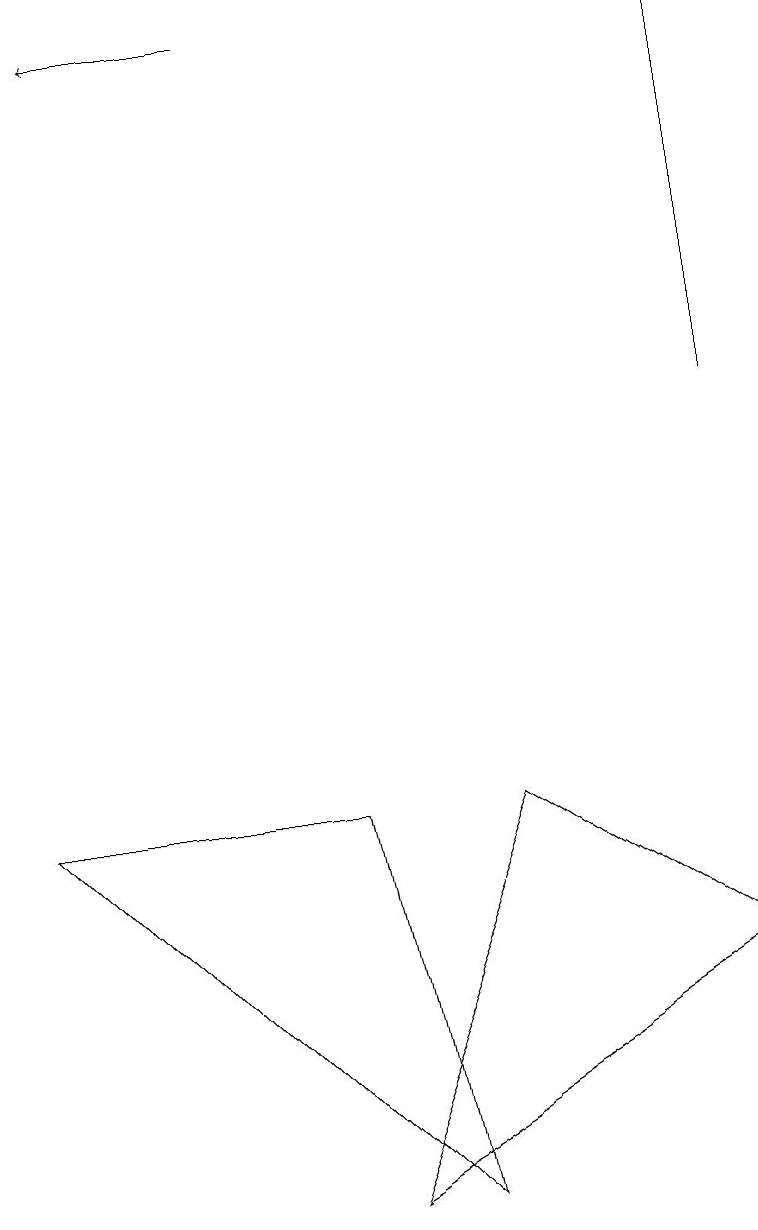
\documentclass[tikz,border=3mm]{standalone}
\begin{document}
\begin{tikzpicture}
\draw[->] (3,17) -- (1,17);
\draw (9,17) rectangle (9,12);
\draw (9,5) -- (6,7) -- (4,2) -- cycle;
\draw (5,2) -- (0,7) -- (4,7) -- cycle;
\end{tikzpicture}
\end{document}